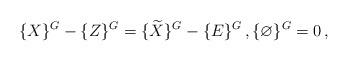
LaTeX: \begin{align*}\{X\}^G - \{Z\}^G = \{\widetilde{X}\}^G -\{E\}^G\,, \{\varnothing\}^G = 0\,,\end{align*}